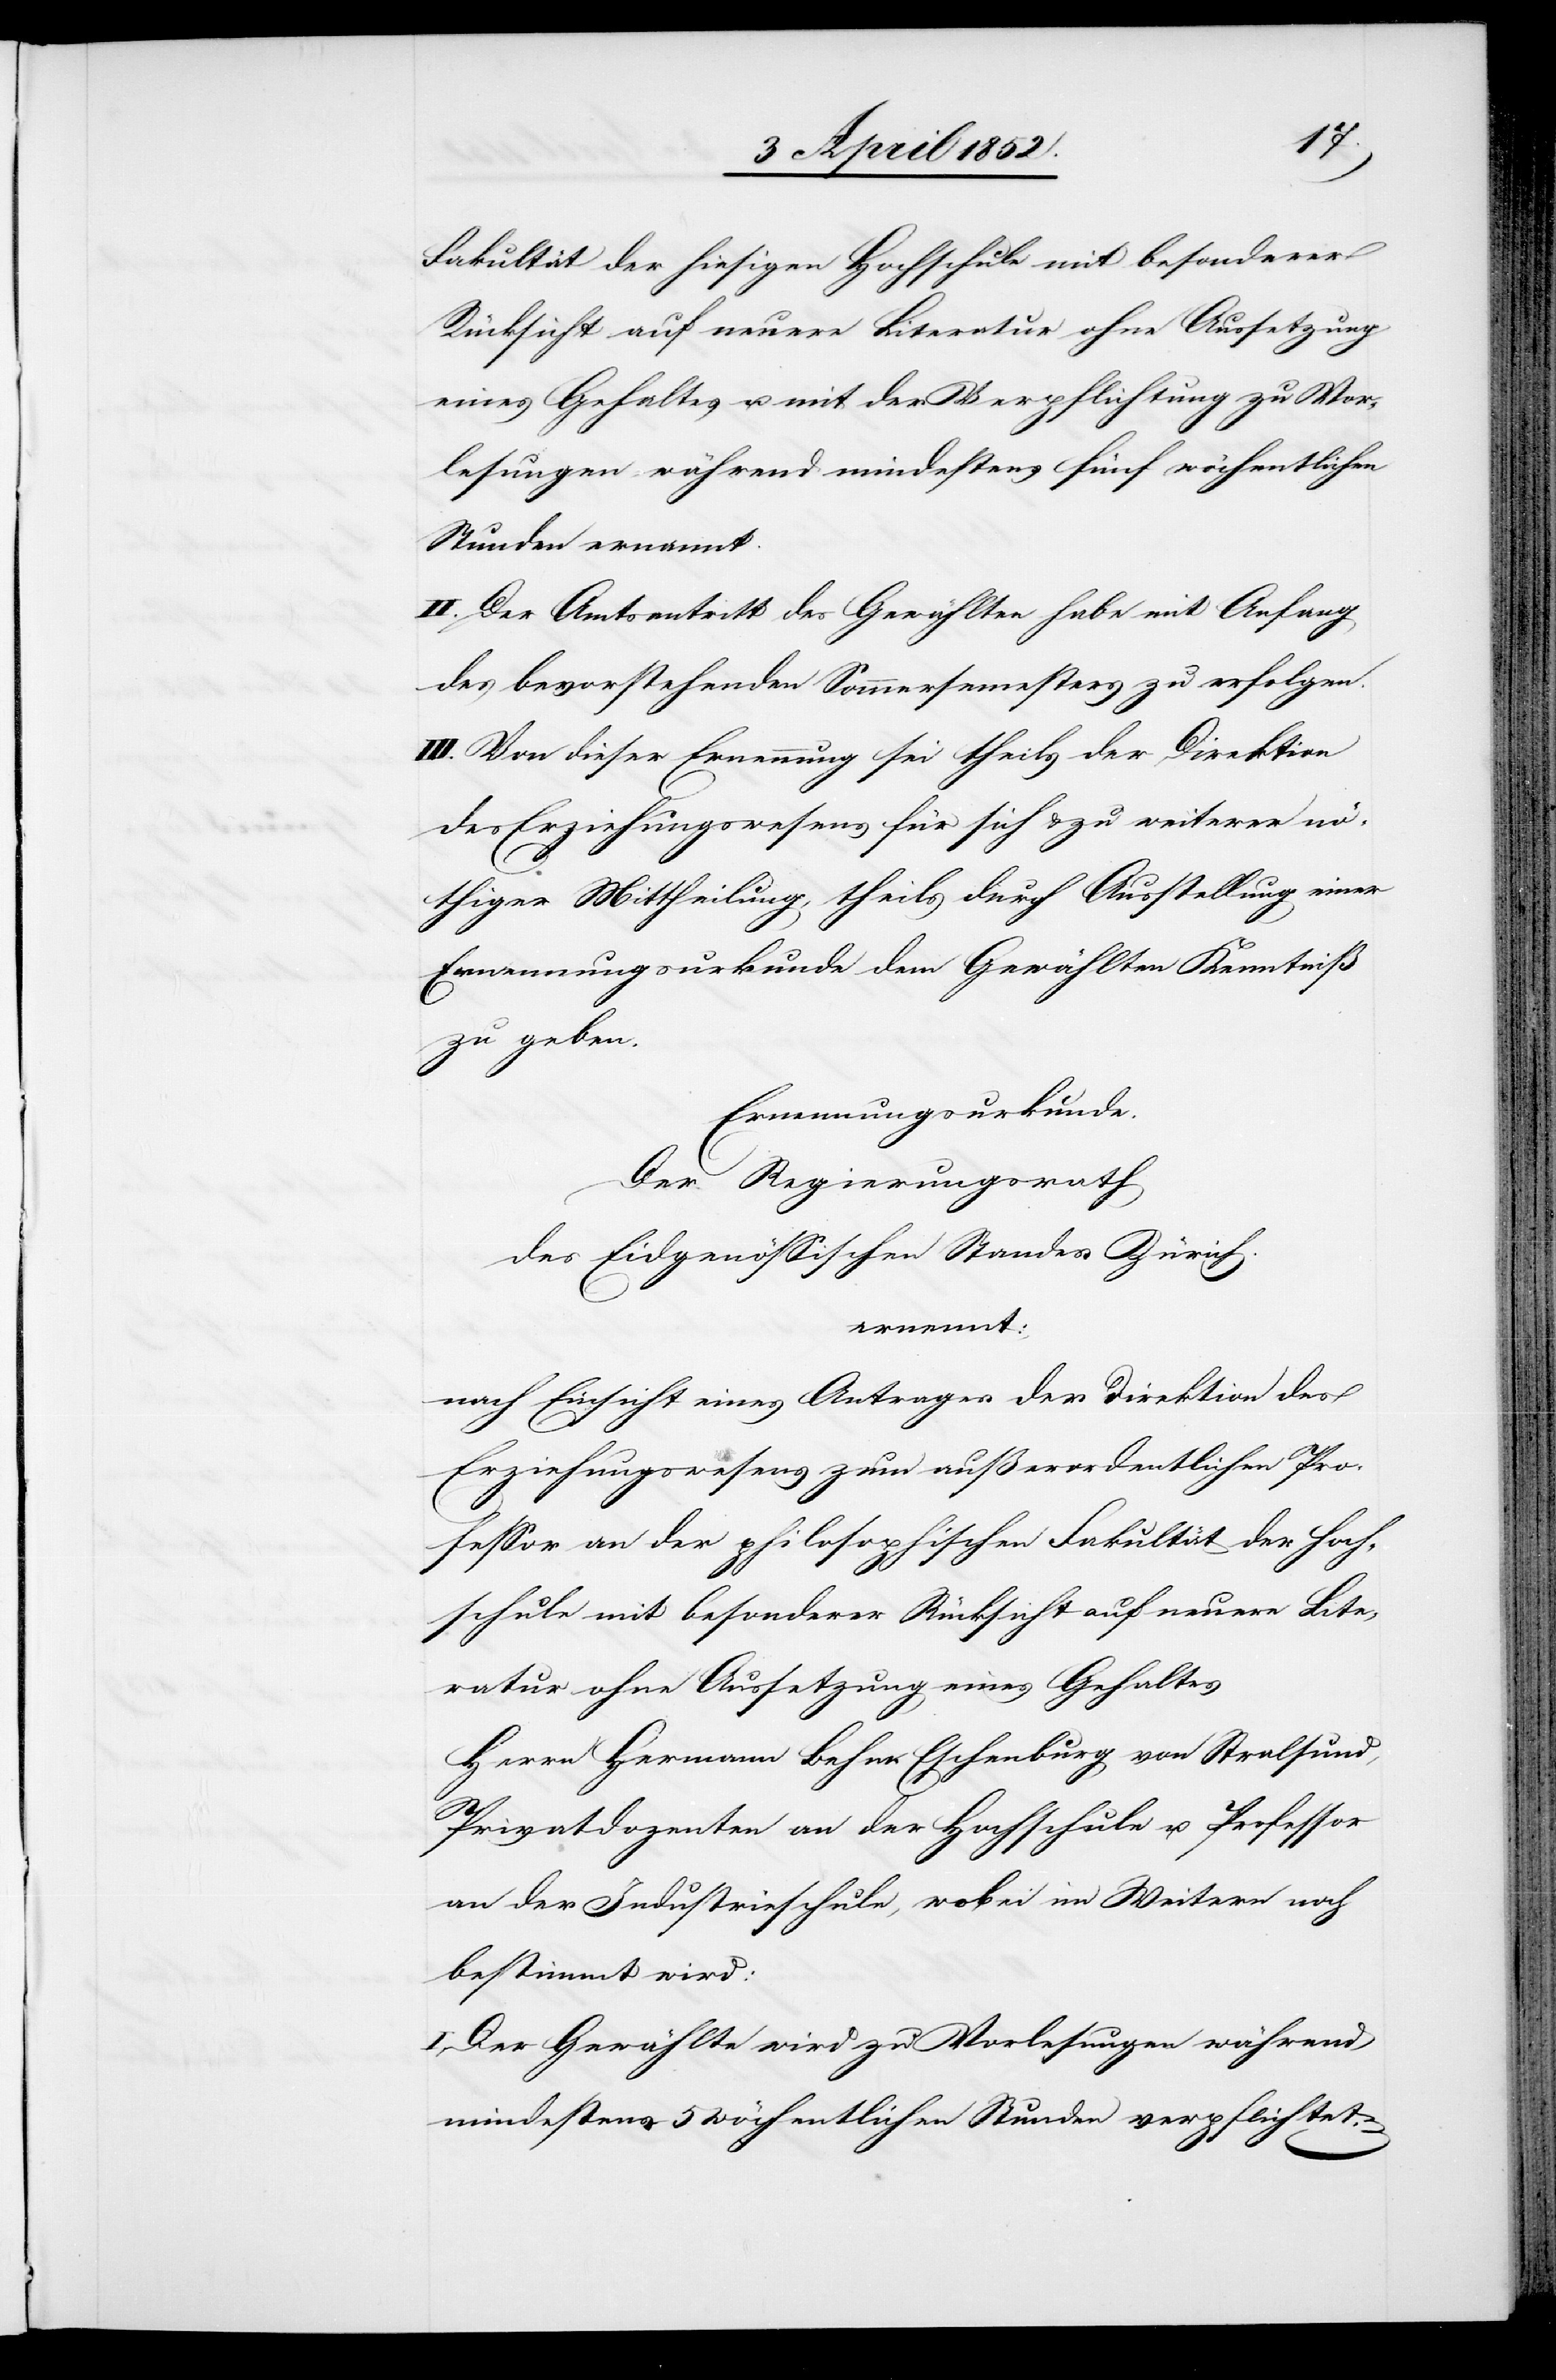
Fakultät der hiesigen Hochschule mit besonderer
Rücksicht auf neuere Literatur ohne Aussetzung
eines Gehaltes u. mit der Verpflichtung zu Vor¬
lesungen während mindestens fünf wöchentlichen
Stunden ernannt.
II. Der Amtsantritt des Gewählten habe mit Anfang
des bevorstehenden Sommersemesters zu erfolgen.
III. Von dieser Ernennung sei theils der Direktion
des Erziehungswesens für sich & zu weiterer nö¬
thiger Mittheilung, theils durch Ausstellung einer
Ernennungsurkunde dem Gewählten Kenntniß
zu geben.
Ernennungsurkunde.
Der Regierungsrath
des Eidgenössischen Standes Zürich.
ernennt:
nach Einsicht eines Antrages der Direktion des
Erziehungswesens zum außerordentlichen Pro¬
fessor an der philosophischen Fakultät der Hoch¬
schule mit besonderer Rücksicht auf neuere Lite¬
ratur ohne Aussetzung eines Gehaltes
Herrn Hermann Behn-Eschenburg von Stralsund,
Privatdozenten an der Hochschule u. Professor
an der Industrieschule, wobei im Weitern noch
bestimmt wird:
I. Der Gewählte wird zu Vorlesungen während
mindestens 5 wöchentlichen Stunden verpflichtet.